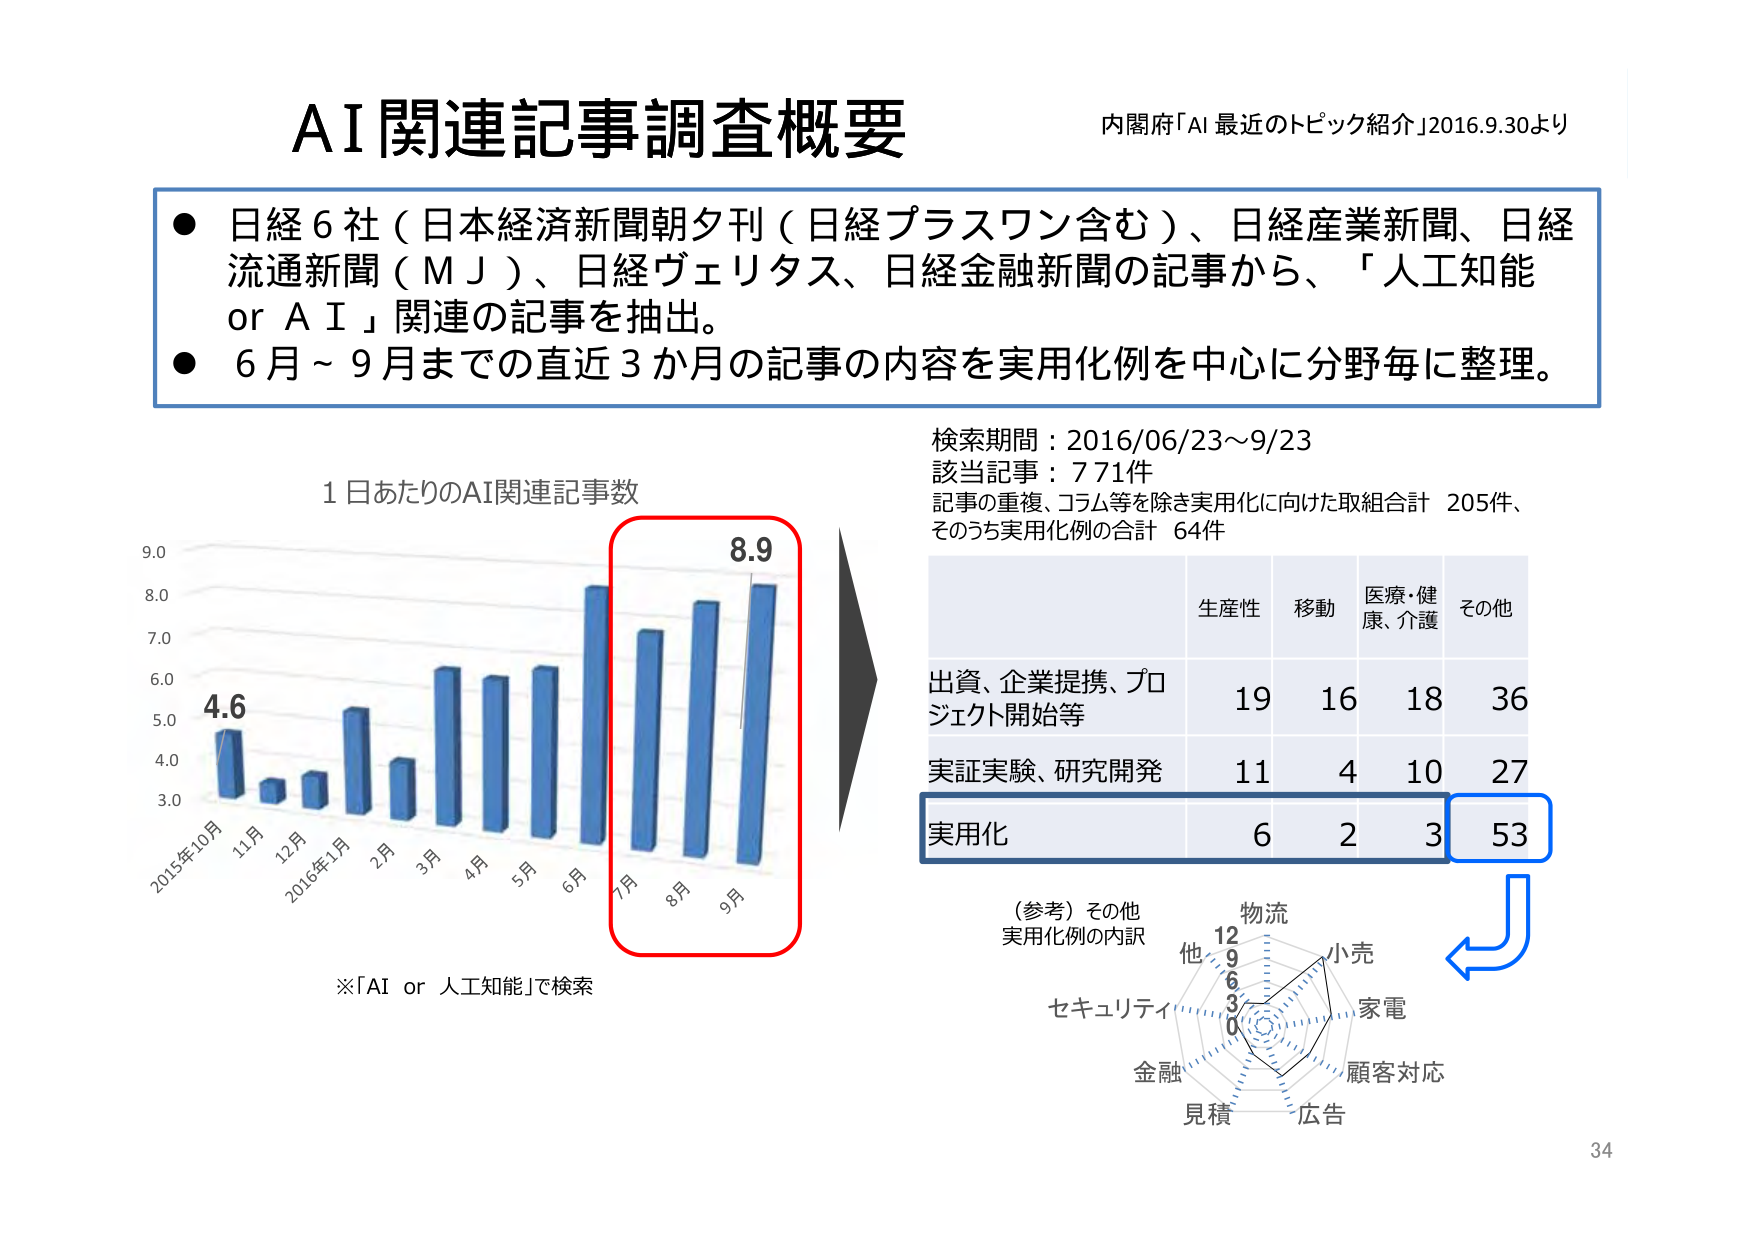
AI関連記事調査概要
内閣府「AI 最近のトピック紹介」2016.9.30より
● 日経６社（日本経済新聞朝夕刊（日経プラスワン含む）、日経産業新聞、日経流通新聞（MJ）、日経ヴェリタス、日経金融新聞の記事から、「人工知能 or AI」関連の記事を抽出。
● 6月～9月までの直近3か月の記事の内容を実用化例を中心に分野毎に整理。
1日あたりのAI関連記事数
4.6
8.9
2015年10月 11月 12月 2016年1月 2月 3月 4月 5月 6月 7月 8月 9月
※「AI or 人工知能」で検索
検索期間：2016/06/23～9/23
該当記事：771件
記事の重複、コラム等を除き実用化に向けた取組合計 205件、
そのうち実用化例の合計 64件
生産性 移動 医療・健康、介護 その他
出資、企業提携、プロジェクト開始等 19 16 18 36
実証実験、研究開発 11 4 10 27
実用化 6 2 3 53
（参考）その他 実用化例の内訳
物流
12
9
6
3
0
他
小売
家電
顧客対応
広告
見積
金融
セキュリティ
34